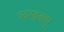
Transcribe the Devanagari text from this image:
त्र्यम्‍बकम्